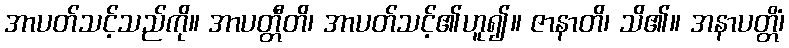
အာပတ်သင့်သည်ကို။ အာပတ္တီတိ၊ အာပတ်သင့်၏ဟူ၍။ ဇာနာတိ၊ သိ၏။ အနာပတ္တိံ၊